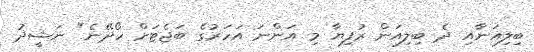
ބިލިއަނާއި ދެ ބިލިއަން ރުފިޔާ މި އަންނަ އަހަރުގެ ބަޖެޓަށް ހޯދޭނެ" ނަޝީދު